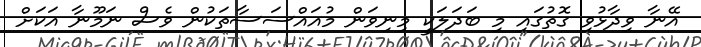
އޭނާ ވިދާޅުވި ގޮތުގައި މި ބަދަލަކީ މިނިވަން މުއައްސަސާތަކުން ވެސް ނަމޫނާ އަކަށް